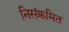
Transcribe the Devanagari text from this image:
निसंक्रमित